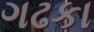
ગઢકા